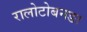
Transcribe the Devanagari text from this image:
रालोटोबनङा